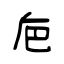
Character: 巵